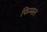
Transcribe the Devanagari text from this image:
फिम्मल